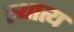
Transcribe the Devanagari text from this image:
स्थात्य